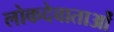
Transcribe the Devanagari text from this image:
लोकदेवाताओं